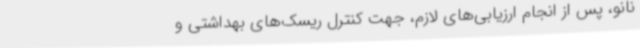
نانو، پس از انجام ارزیابی‌های لازم، جهت کنترل‌ ریسک‌های بهداشتی و